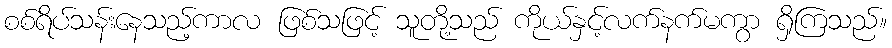
စစ်ရိပ်သန်းနေသည့်ကာလ ဖြစ်သဖြင့် သူတို့သည် ကိုယ်နှင့်လက်နက်မကွာ ရှိကြသည်။